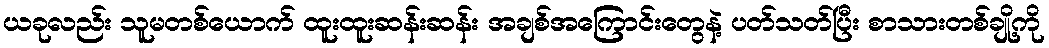
ယခုလည်း သူမတစ်ယောက် ထူးထူးဆန်းဆန်း အချစ်အကြောင်းတွေနဲ့ ပတ်သတ်ပြီး စာသားတစ်ချို့ကို